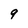
Character: q